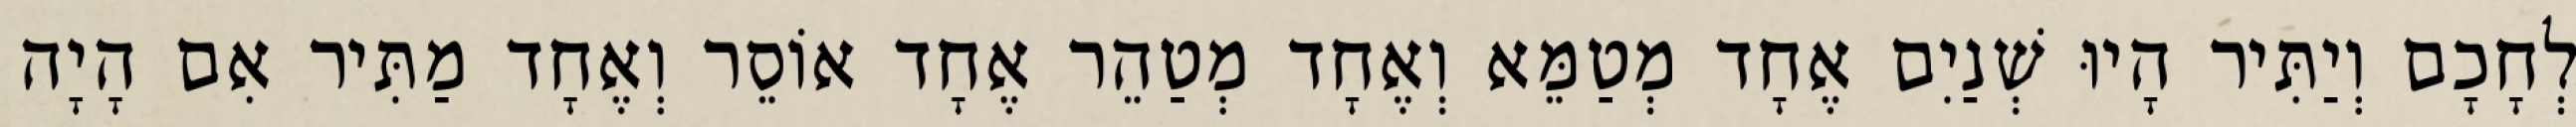
לְחָכָם וְיַתִּיר הָיוּ שְׁנַיִם אֶחָד מְטַמֵּא וְאֶחָד מְטַהֵר אֶחָד אוֹסֵר וְאֶחָד מַתִּיר אִם הָיָה